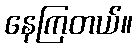
နေကြတယ်။